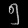
Digit: ၅